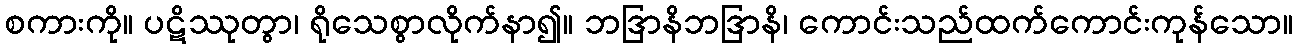
စကားကို။ ပဋိဿုတွာ၊ ရိုသေစွာလိုက်နာ၍။ ဘဒြာနိဘဒြာနိ၊ ကောင်းသည်ထက်ကောင်းကုန်သော။